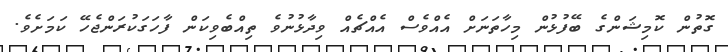
ގޮތުން ކޮމިޝަންގެ ބޭފުޅުން މިހާތަނަށް އެއްވެސް އެއްޗެއް ވިދާޅުނުވެ ތިއްބެވިކަން ފާހަގަކުރަންޖެހޭ ކަމަށެވެ.